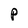
Character: p